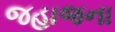
જહાજના